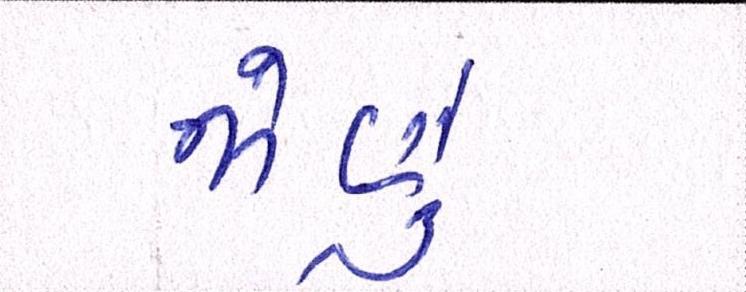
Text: જોણું